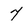
Character: 7